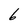
Character: 6